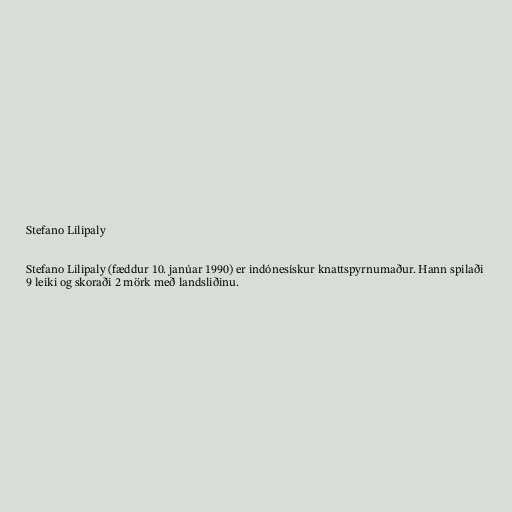
Stefano Lilipaly

Stefano Lilipaly (fæddur 10. janúar 1990) er indónesískur knattspyrnumaður. Hann spilaði
9 leiki og skoraði 2 mörk með landsliðinu.